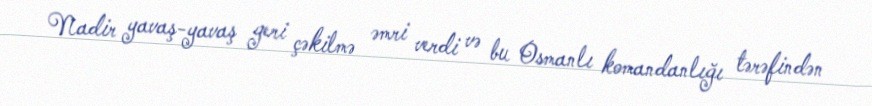
Nadir yavaş-yavaş geri çəkilmə əmri verdi və bu Osmanlı komandanlığı tərəfindən